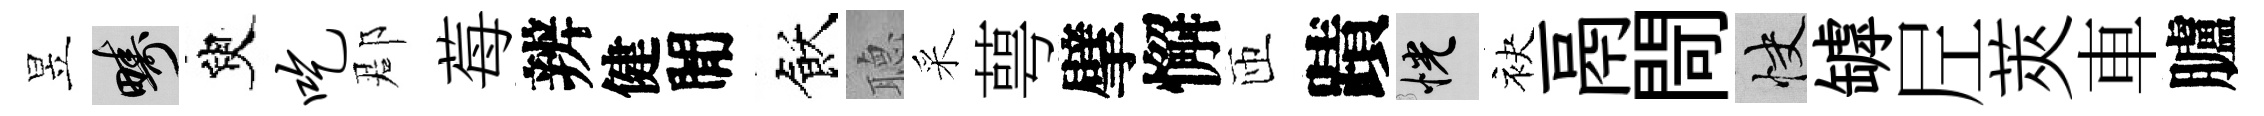
昱疇臾吃郡莓辨健閒飫𦗟采萼擘懈匝蹟恍袂鬲閜快罅𡰱莢車臚